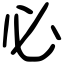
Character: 必